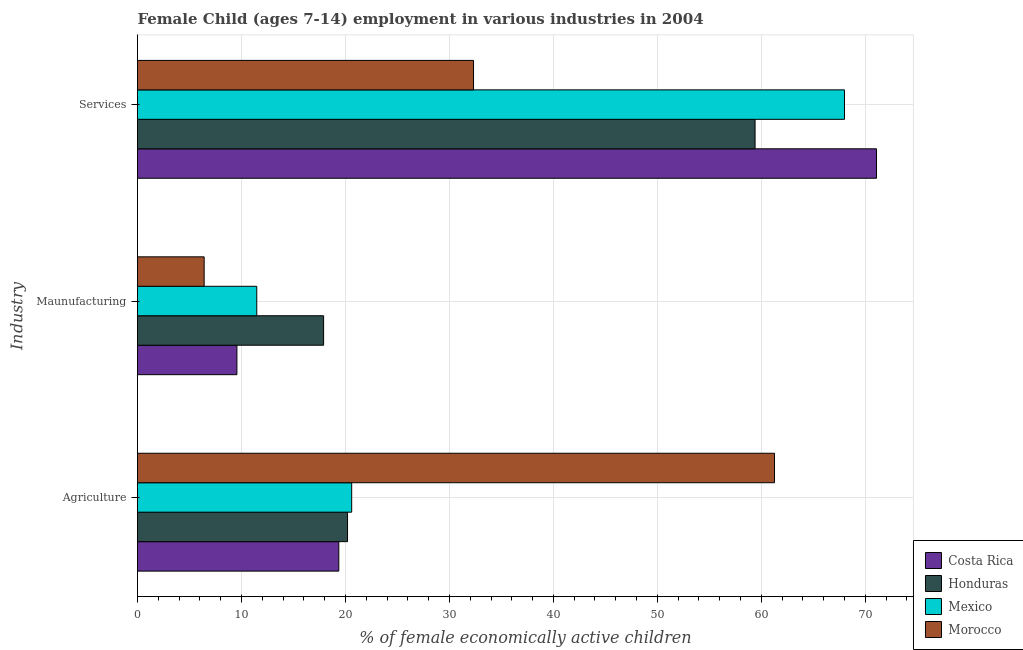
| Industry | Costa Rica | Honduras | Mexico | Morocco |
 | --- | --- | --- | --- | --- |
 | Agriculture | 19.4 | 20.2 | 20.6 | 61.3 |
 | Maunufacturing | 9.56 | 17.9 | 11.5 | 6.41 |
 | Services | 71.1 | 59.4 | 68 | 32.3 |